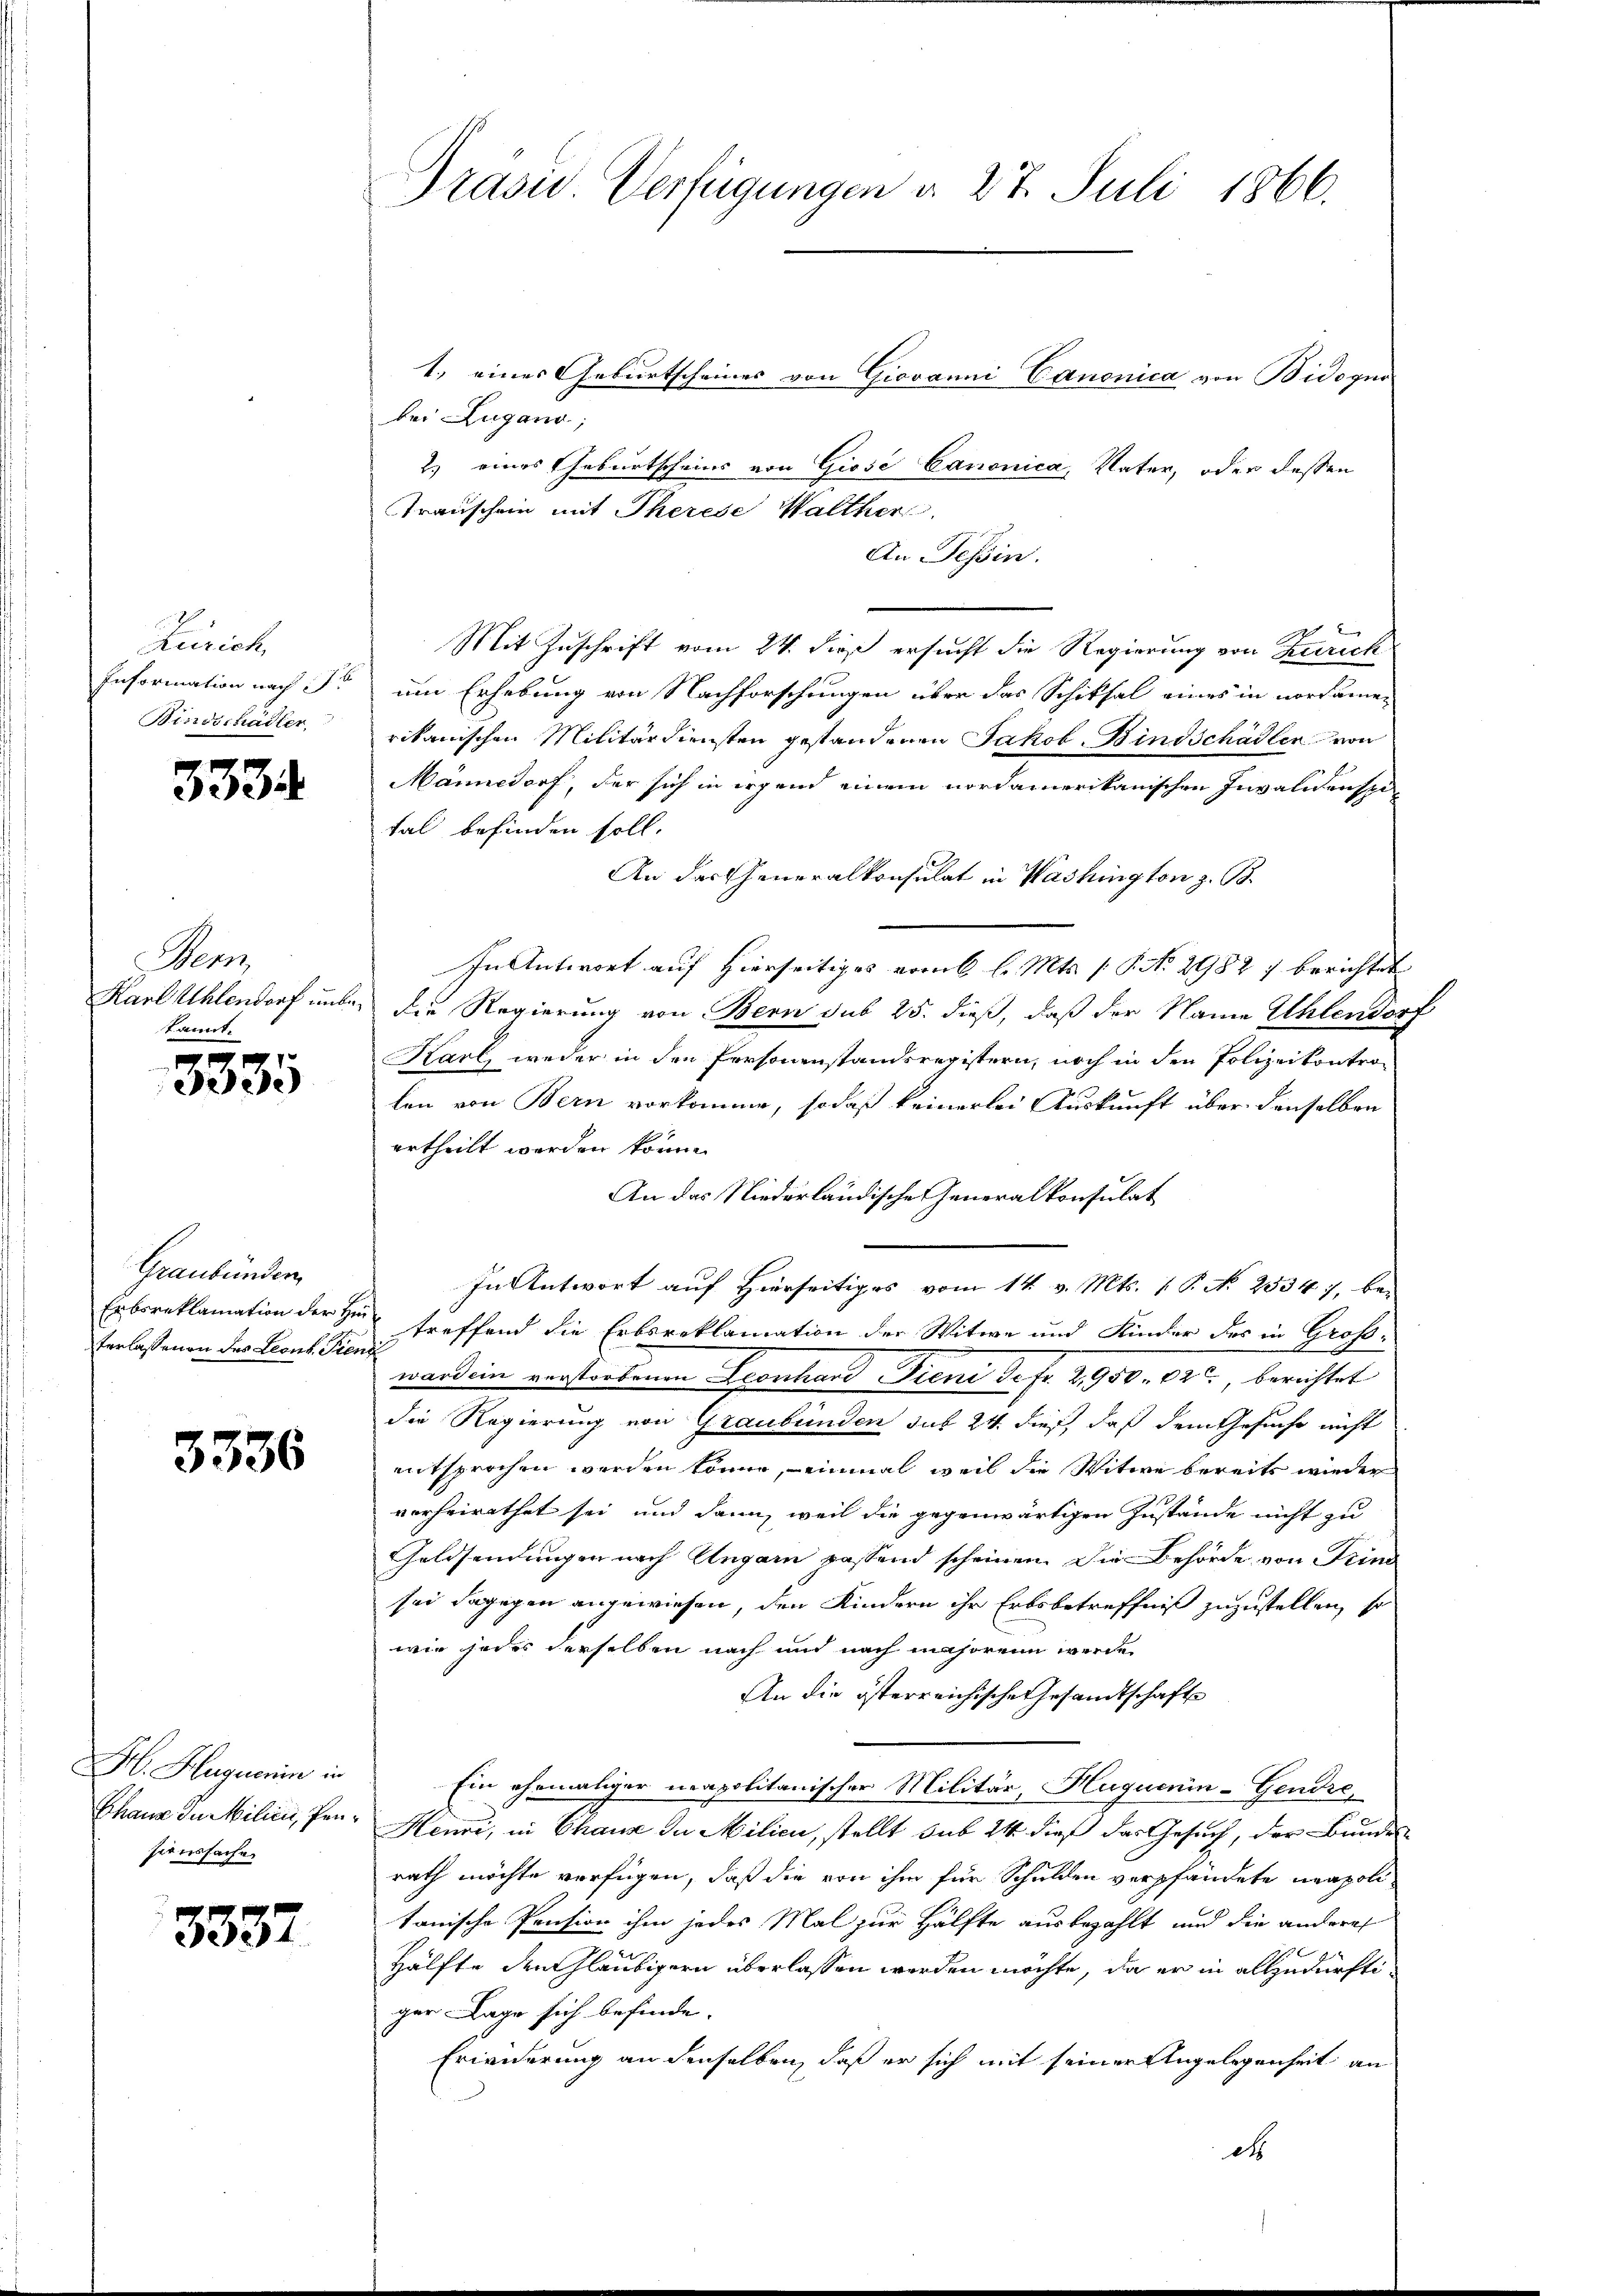
Zürich
Information nach 7 x
Bindschädler

3334

Wenn
kannt.

.
3335

Graubünden,
Erbsreklamation der Hin
terlassenen des Leont. Fiend

3336

H. Huguenin in
Thaus in Milien, Penhionssache

3337

Präsid. Verfügungen d. 27. Juli 1866.

1., eines Geburtscheines von Giovanni Canonica von Bidogur
bei Zugano,
2.) eines Geburtscheins von Giosi Canonica, Vater, oder dessen
Transchein mit Therese Walther
An Tessin.
Mit Zuschrift vom 24. dieß ersucht die Regierung von Zürich
um Erhebung von Nachforschungen über das Schiksal eines in vorsämen
rikanischen Militärdiensten gestandenen Jakob Bindschädler von
Männedorf, der sich in irgend einem nordamerikanischen Invalidenspi
tal befinden soll.
An das Generalkonsulat in Washington z. B.
In Antwort auf Hierseitiges vom 6 l. Mts. ( P. Nr. 2982 7 berichtet
Karl Uhlendorf unber die Regierung von Bern sub 25. dieß, daß der Name Uhlendorf
Kark, weder in den Personenstandsregistern, noch in den Polizeikontro-
len von Bern vorkomme, sodaß keinerlei Auskunft über denselben
ertheilt werden könne.
An das Niederländische Generalkonsulat
In Antwort auf Hierseitiges vom 14. v. Mts. 1. P. No. 2334), be-
u treffend die Erbsreklamation der Witwe und Kinder des in Großward ein verstorbenen Leonhard Fieni de fr. 2950. 620, berichtet
die Regierung von Graubünden sub 24 dieß, daß dem Gesuche nicht
entsprochen werden könne, – einmal weil die Witwe bereits wieder
vorheirathet sei und dann, weil die gegenwärtigen Zustände nicht zu
Geldsendungen nach Ungarn passend scheinen. Die Behörde von Trind
sei dagegen angewiesen, den Kindern ihr Erbsbetreffniß zuzustellen, so
wie jedes derselben nach und nach majorein werde
An die österreichische Gesandtschaft
Ein ehemaliger neapolitanischer Militär, Huquenin-Gendre¬
Kenvi, in Chaux in Milieu, stellt sub 24 dieß das Gesuch, der Bundesrath möchte verfügen, daß die von ihm für Schulden verpfändete neapolitanische Pension ihm jedes Mal zur Hälfte ausbezahlt und die andere
f
Hälfte den Gläubigern überlassen werden möchte, da er in allzudürftiger Lage sich befinde.
Erwiderung an denselben, daß er sich mit seiner Angelegenheit an
dt